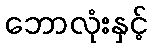
ဘောလုံးနှင့်